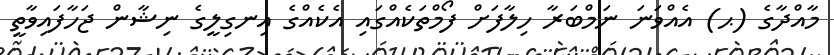
މާއްދާގެ (ޙ) އެއްވަނަ ނަމްބަރާ ހިލާފަށް ފޯމްތަކެއްގައި އެކެއްގެ އިނގިލީގެ ނިޝާން ޖަހާފައިވާތީ